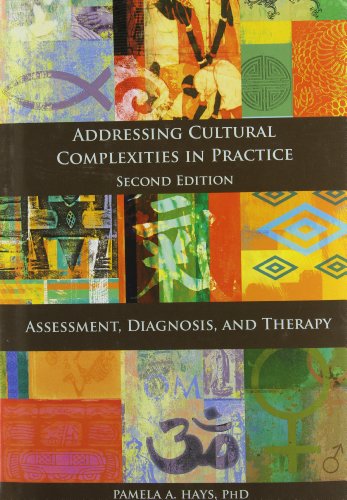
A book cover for Addressing Cultural Complexities in Practice: Assessment, Diagnosis, and Therapy; Pamela A., Ph.D. Hays; Medical Books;